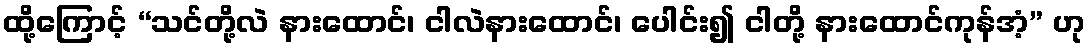
ထို့ကြောင့် “သင်တို့လဲ နားထောင်၊ ငါလဲနားထောင်၊ ပေါင်း၍ ငါတို့ နားထောင်ကုန်အံ့” ဟု